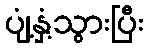
ပျံ့နှံ့သွားပြီး